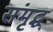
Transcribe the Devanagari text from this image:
संमृद्ध्